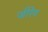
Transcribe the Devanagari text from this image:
जीरेय